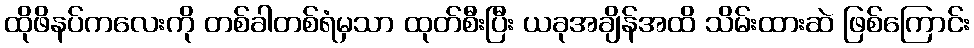
ထိုဖိနပ်ကလေးကို တစ်ခါတစ်ရံမှသာ ထုတ်စီးပြီး ယခုအချိန်အထိ သိမ်းထားဆဲ ဖြစ်ကြောင်း